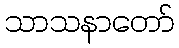
သာသနာတော်